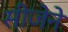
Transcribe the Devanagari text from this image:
सीजेने